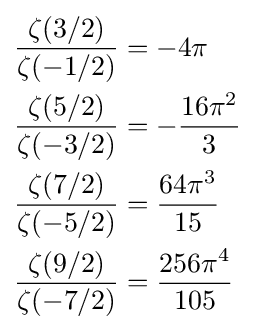
{\begin{aligned}{\frac {\zeta (3/2)}{\zeta (-1/2)}}&=-4\pi \\{\frac {\zeta (5/2)}{\zeta (-3/2)}}&=-{\frac {16\pi ^{2}}{3}}\\{\frac {\zeta (7/2)}{\zeta (-5/2)}}&={\frac {64\pi ^{3}}{15}}\\{\frac {\zeta (9/2)}{\zeta (-7/2)}}&={\frac {256\pi ^{4}}{105}}\end{aligned}}